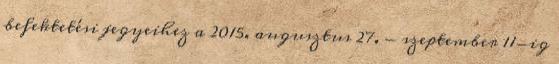
befektetési jegyeihez a 2015. augusztus 27. - szeptember 11-ig